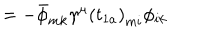
\qquad \qquad \qquad \qquad \qquad \qquad \qquad \qquad \qquad = - \bar { \phi } _ { m k } \gamma ^ { \mu } \left( t _ { 1 a } \right) _ { m i } \phi _ { i k }